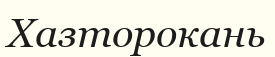
Хазторокань